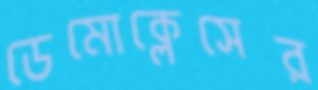
ডেমোক্লেসের